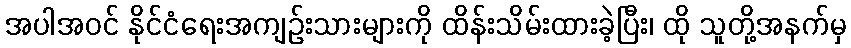
အပါအဝင် နိုင်ငံရေးအကျဉ်းသားများကို ထိန်းသိမ်းထားခဲ့ပြီး၊ ထို သူတို့အနက်မှ